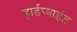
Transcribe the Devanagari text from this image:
हार्डप्वाइंट